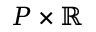
P \times \mathbb { R }